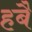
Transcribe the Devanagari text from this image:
हबै